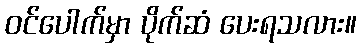
ဝင်ပေါက်မှာ ပိုက်ဆံ ပေးရသလား။